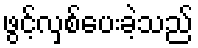
ဖွင့်လှစ်ပေးခဲ့သည်